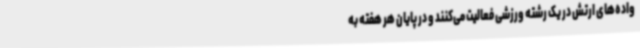
واده‌های ارتش در یک رشته ورزشی فعالیت می‌کنند و در پایان هر هفته به